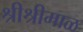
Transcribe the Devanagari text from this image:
श्रीश्रीमाळ